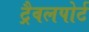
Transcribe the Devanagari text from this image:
ट्रैवलपोर्ट